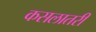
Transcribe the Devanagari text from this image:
कसलातरी